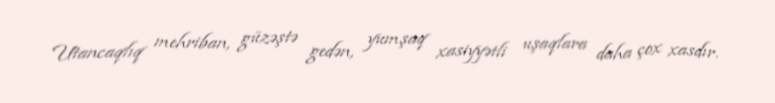
Utancaqlıq mehriban, güzəştə gedən, yumşaq xasiyyətli uşaqlara daha çox xasdır.